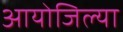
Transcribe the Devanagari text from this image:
आयोजिल्या